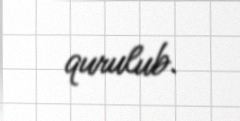
qurulub.